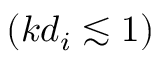
( k d _ { i } \lesssim 1 )